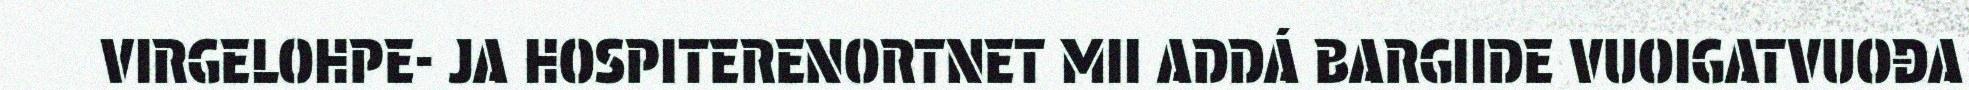
VIRGELOHPE- JA HOSPITERENORTNET MII ADDÁ BARGIIDE VUOIGATVUOĐA